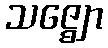
သဇ္ဈော